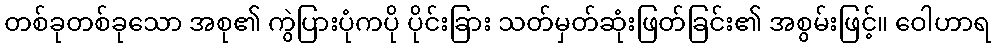
တစ်ခုတစ်ခုသော အစု၏ ကွဲပြားပုံကပို ပိုင်းခြား သတ်မှတ်ဆုံးဖြတ်ခြင်း၏ အစွမ်းဖြင့်။ ဝေါဟာရ